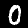
Label: 0